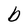
Character: b